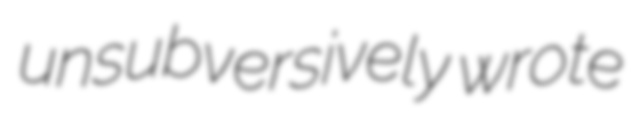
unsubversively wrote